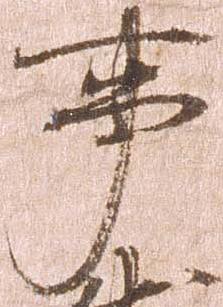
事